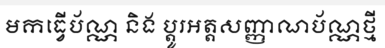
មកធ្វើប័ណ្ណ និង ប្តូរអត្តសញ្ញាណប័ណ្ណថ្មី